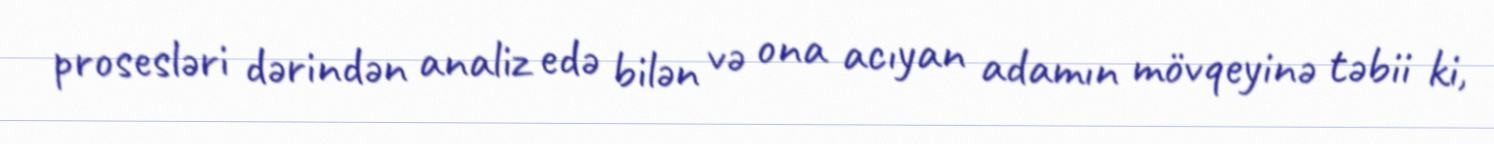
prosesləri dərindən analiz edə bilən və ona acıyan adamın mövqeyinə təbii ki,